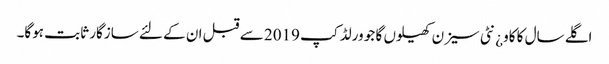
اگلے سال کا کاو¿نٹی سیزن کھیلوں گا جو ورلڈ کپ 2019 سے قبل ان کے لئے سازگار ثابت ہوگا۔